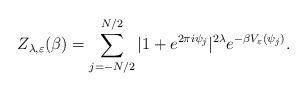
LaTeX: \begin{align*}Z_{\lambda,\varepsilon}(\beta) = \sum\limits_{j=-N/2}^{N/2} |1+e^{2\pi i\psi_j}|^{2\lambda} e^{-\beta V_\varepsilon(\psi_j)}.\end{align*}